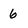
Character: 6